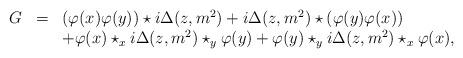
LaTeX: \begin{align*}\begin{array}{rcl}G&=&(\varphi(x)\varphi(y))\star i\Delta(z,m^2)+i\Delta(z,m^2)\star(\varphi(y)\varphi(x))\\ &&+\varphi(x)\star_x i\Delta(z,m^2)\star_y\varphi(y)+\varphi(y)\star_y i\Delta(z,m^2)\star_x\varphi(x), \end{array}\end{align*}